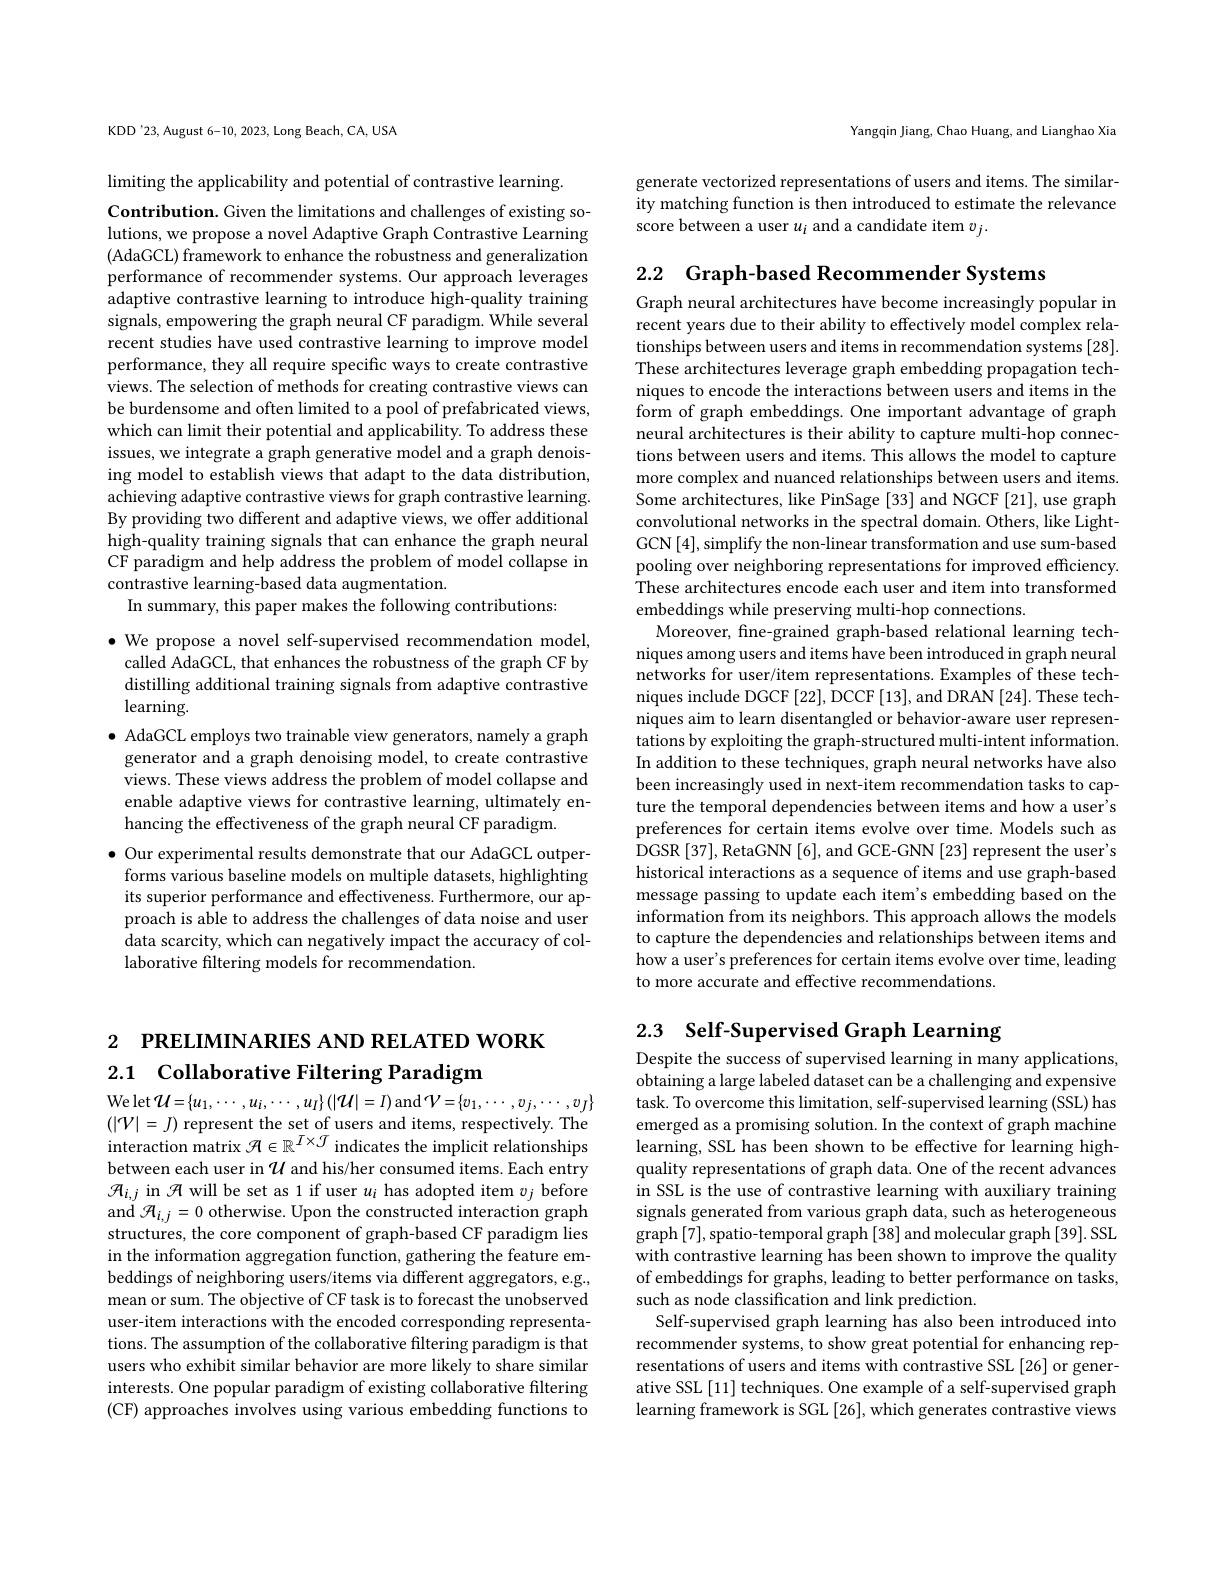
Yangqin Jiang, Chao Huang, and Lianghao Xia

generate vectorized representations of users and items. The similarity matching function is then introduced to estimate the relevance score between a user $u_i$ and a candidate item $v_j.$

# 2 РRELIМINARIES АND RELATED WORK 2.1 Collaborative Filtering Paradigm

Welet$\mathcal{U}=\{u_1,\cdots,u_i,\cdots,u_I\}(|\mathcal{U}|=I)$and$\mathcal{V}=\{v_1,\cdots,v_j,\cdots,v_J\}$ $(|V|=J)$ represent the set of users and items, respectively. The interaction matrix $\mathcal{H}\in\mathbb{R}^I\times\mathcal{J}$ indicates the implicit relationships between each user in $\mathcal{U}$ and his/her consumed items. Each entry $\mathcal{H}_{i,j}$ in $\mathcal{A}$ will be set as 1 if user $u_i$ has adopted item $v_j$ before and $\mathcal{H}_{i,j}=0$ otherwise. Upon the constructed interaction graph structures, the core component of graph-based CF paradigm lies in the information aggregation function, gathering the feature embeddings of neighboring users/items via different aggregators, e.g., mean or sum. The objective of CF task is to forecast the unobserved user-item interactions with the encoded corresponding representations. The assumption of the collaborative filtering paradigm is that users who exhibit similar behavior are more likely to share similar interests. One popular paradigm of existing collaborative filtering (CF) approaches involves using various embedding functions to

KDD'23, August 6-10, 2023, Long Beach, CA, USA

limiting the applicability and potential of contrastive learning.

Contribution. Given the limitations and challenges of existing solutions, we propose a novel Adaptive Graph Contrastive Learning (AdaGCL) framework to enhance the robustness and generalization performance of recommender systems. Our approach leverages adaptive contrastive learning to introduce high-quality training signals, empowering the graph neural CF paradigm. While several recent studies have used contrastive learning to improve model performance, they all require specific ways to create contrastive views. The selection of methods for creating contrastive views can be burdensome and often limited to a pool of prefabricated views, which can limit their potential and applicability. To address these issues, we integrate a graph generative model and a graph denoising model to establish views that adapt to the data distribution, achieving adaptive contrastive views for graph contrastive learning. By providing two different and adaptive views, we offer additional high-quality training signals that can enhance the graph neural CF paradigm and help address the problem of model collapse in contrastive learning-based data augmentation.
In summary, this paper makes the following contributions:

$\bullet$ We propose a novel self-supervised recommendation model, called AdaGCL, that enhances the robustness of the graph CF by distilling additional training signals from adaptive contrastive learning.
$\bullet$ AdaGCL employs two trainable view generators, namely a graph generator and a graph denoising model, to create contrastive views. These views address the problem of model collapse and enable adaptive views for contrastive learning, ultimately enhancing the effectiveness of the graph neural CF paradigm.
$\bullet$ Our experimental results demonstrate that our AdaGCL outperforms various baseline models on multiple datasets, highlighting its superior performance and effectiveness. Furthermore, our approach is able to address the challenges of data noise and user data scarcity, which can negatively impact the accuracy of collaborative filtering models for recommendation.

2.2 Graph-based Recommender Systems
Graph neural architectures have become increasingly popular in recent years due to their ability to effectively model complex relationships between users and items in recommendation systems [28]. These architectures leverage graph embedding propagation techniques to encode the interactions between users and items in the form of graph embeddings. One important advantage of graph neural architectures is their ability to capture multi-hop connections between users and items. This allows the model to capture more complex and nuanced relationships between users and items. Some architectures, like PinSage [33] and NGCF [21], use graph convolutional networks in the spectral domain. Others, like LightGCN [4],simplify the non-linear transformation and use sum-based pooling over neighboring representations for improved efficiency. These architectures encode each user and item into transformed embeddings while preserving multi-hop connections.
Moreover, fine-grained graph-based relational learning techniques among users and items have been introduced in graph neural networks for user/item representations. Examples of these techniques include DGCF [22], DCCF [13], and DRAN [24]. These techniques aim to learn disentangled or behavior-aware user representations by exploiting the graph-structured multi-intent information. In addition to these techniques, graph neural networks have also been increasingly used in next-item recommendation tasks to capture the temporal dependencies between items and how a user's preferences for certain items evolve over time. Models such as DGSR [37], RetaGNN [6], and GCE-GNN [23] represent the user's historical interactions as a sequence of items and use graph-based message passing to update each item's embedding based on the information from its neighbors. This approach allows the models to capture the dependencies and relationships between items and how a user's preferences for certain items evolve over time, leading to more accurate and effective recommendations.

2.3 $\textbf{Self- Supervised Graph Learning}$

Despite the success of supervised learning in many applications, obtaining a large labeled dataset can be a challenging and expensive task. To overcome this limitation, self-supervised learning (SSL) has emerged as a promising solution. In the context of graph machine learning, SSL has been shown to be effective for learning highquality representations of graph data. One of the recent advances in SSL is the use of contrastive learning with auxiliary training signals generated from various graph data, such as heterogeneous $\operatorname{graph}[7]$,spatio-temporal graph[38] and molecular graph[39].SSL with contrastive learning has been shown to improve the quality of embeddings for graphs, leading to better performance on tasks, such as node classification and link prediction.
Self-supervised graph learning has also been introduced into recommender systems, to show great potential for enhancing representations of users and items with contrastive SSL [26] or generative SSL [11] techniques. One example of a self-supervised graph learning framework is SGL [26], which generates contrastive views